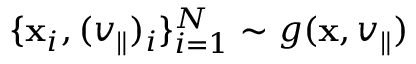
\{ \mathbf { x } _ { i } , ( v _ { \parallel } ) _ { i } \} _ { i = 1 } ^ { N } \sim g ( \mathbf { x } , v _ { \parallel } )